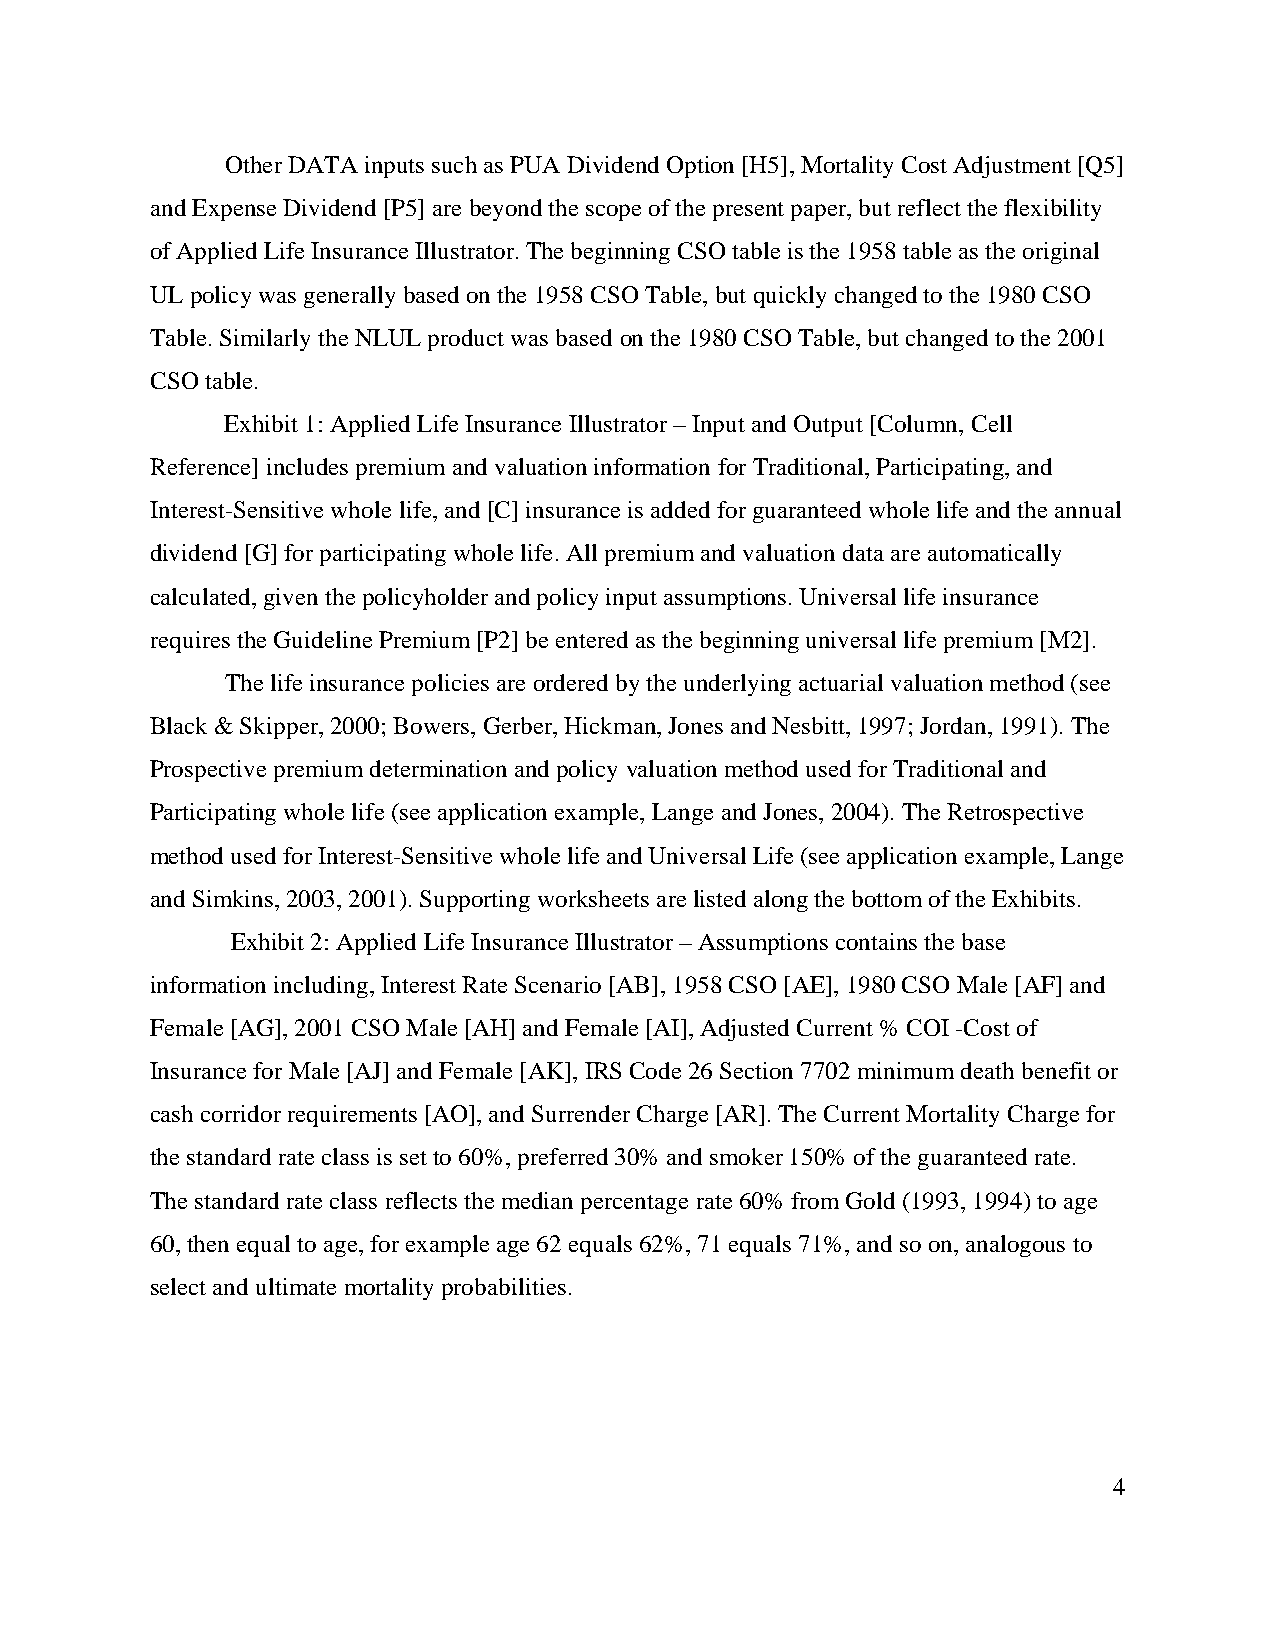
Other DATA inputs such as PUA Dividend Option [H5], Mortality Cost Adjustment [Q5]
 and Expense Dividend [P5] are beyond the scope of the present paper, but reflect the flexibility
 of Applied Life Insurance Illustrator. The beginning CSO table is the 1958 table as the original
 UL policy was generally based on the 1958 CSO Table, but quickly changed to the 1980 CSO
 Table. Similarly the NLUL product was based on the 1980 CSO Table, but changed to the 2001
 CSO table.
 Exhibit 1: Applied Life Insurance Illustrator – Input and Output [Column, Cell
 Reference] includes premium and valuation information for Traditional, Participating, and
 Interest-Sensitive whole life, and [C] insurance is added for guaranteed whole life and the annual
 dividend [G] for participating whole life. All premium and valuation data are automatically
 calculated, given the policyholder and policy input assumptions. Universal life insurance
 requires the Guideline Premium [P2] be entered as the beginning universal life premium [M2].
 The life insurance policies are ordered by the underlying actuarial valuation method (see
 Black & Skipper, 2000; Bowers, Gerber, Hickman, Jones and Nesbitt, 1997; Jordan, 1991). The
 Prospective premium determination and policy valuation method used for Traditional and
 Participating whole life (see application example, Lange and Jones, 2004). The Retrospective
 method used for Interest-Sensitive whole life and Universal Life (see application example, Lange
 and Simkins, 2003, 2001). Supporting worksheets are listed along the bottom of the Exhibits.
 Exhibit 2: Applied Life Insurance Illustrator – Assumptions contains the base
 information including, Interest Rate Scenario [AB], 1958 CSO [AE], 1980 CSO Male [AF] and
 Female [AG], 2001 CSO Male [AH] and Female [AI], Adjusted Current % COI -Cost of
 Insurance for Male [AJ] and Female [AK], IRS Code 26 Section 7702 minimum death benefit or
 cash corridor requirements [AO], and Surrender Charge [AR]. The Current Mortality Charge for
 the standard rate class is set to 60%, preferred 30% and smoker 150% of the guaranteed rate.
 The standard rate class reflects the median percentage rate 60% from Gold (1993, 1994) to age
 60, then equal to age, for example age 62 equals 62%, 71 equals 71%, and so on, analogous to
 select and ultimate mortality probabilities.
 4